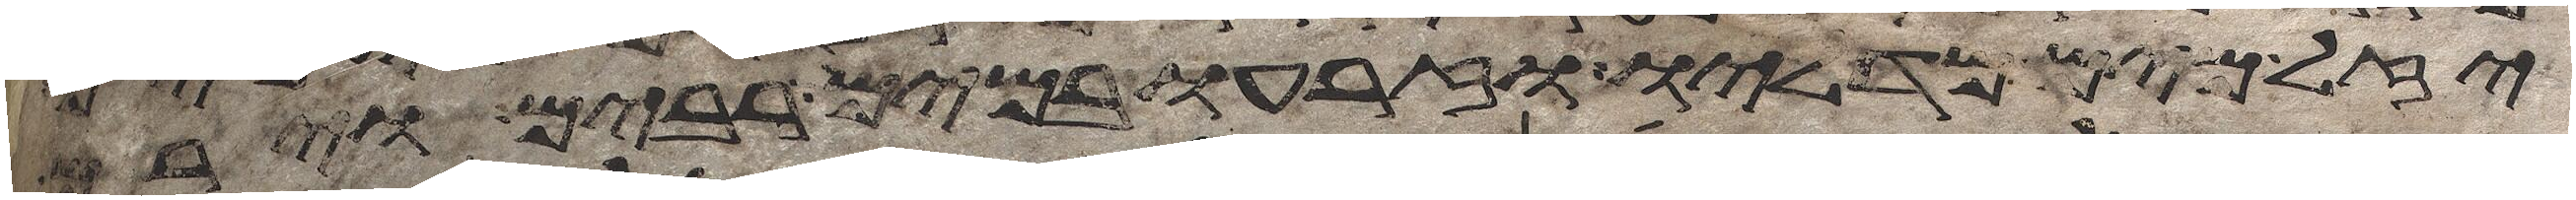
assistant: יזל מים מדליו וזרעו במים רבים וירם